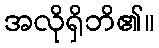
အလိုရှိဘိ၏။